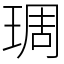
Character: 琱